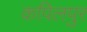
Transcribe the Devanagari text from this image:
कपिलपुर